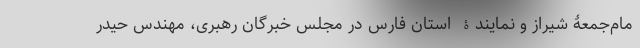
مام‌جمعۀ شیراز و نمایندۀ استان فارس در مجلس خبرگان رهبری، مهندس حیدر